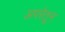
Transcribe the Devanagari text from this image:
अपरेतून